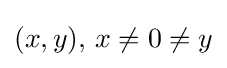
(x,y),\,x\neq 0\neq y